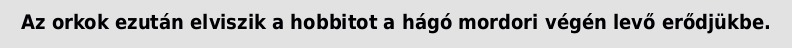
Az orkok ezután elviszik a hobbitot a hágó mordori végén levő erődjükbe.